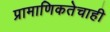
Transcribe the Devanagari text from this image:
प्रामाणिकतेचाही